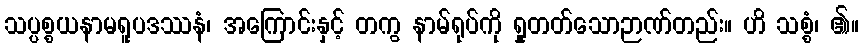
သပ္ပစ္စယနာမရူပဒဿနံ၊ အကြောင်းနှင့် တကွ နာမ်ရုပ်ကို ရှုတတ်သောဉာဏ်တည်း။ ဟိ သစ္စံ၊ ၏။